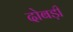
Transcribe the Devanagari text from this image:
दोबड़ी